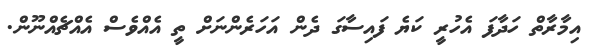
އިމާރާތް ހަދާފަ އެހުރީ ކަޔެ ފައިސާގަ ދެން އަހަރެންނަށް ތީ އެއްވެސް އެއްޗެއްނޫން.